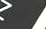
وأمور